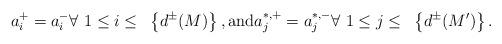
LaTeX: \begin{align*}a^{+}_{i} = a^{-}_{i} \forall ~ 1 \leq i \leq ~\left\{d^{\pm}(M)\right\}, {\rm and} a^{*,+}_{j} = a^{*,-}_{j} \forall ~ 1 \leq j \leq ~\left\{d^{\pm}(M')\right\}.\end{align*}